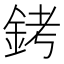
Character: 銬